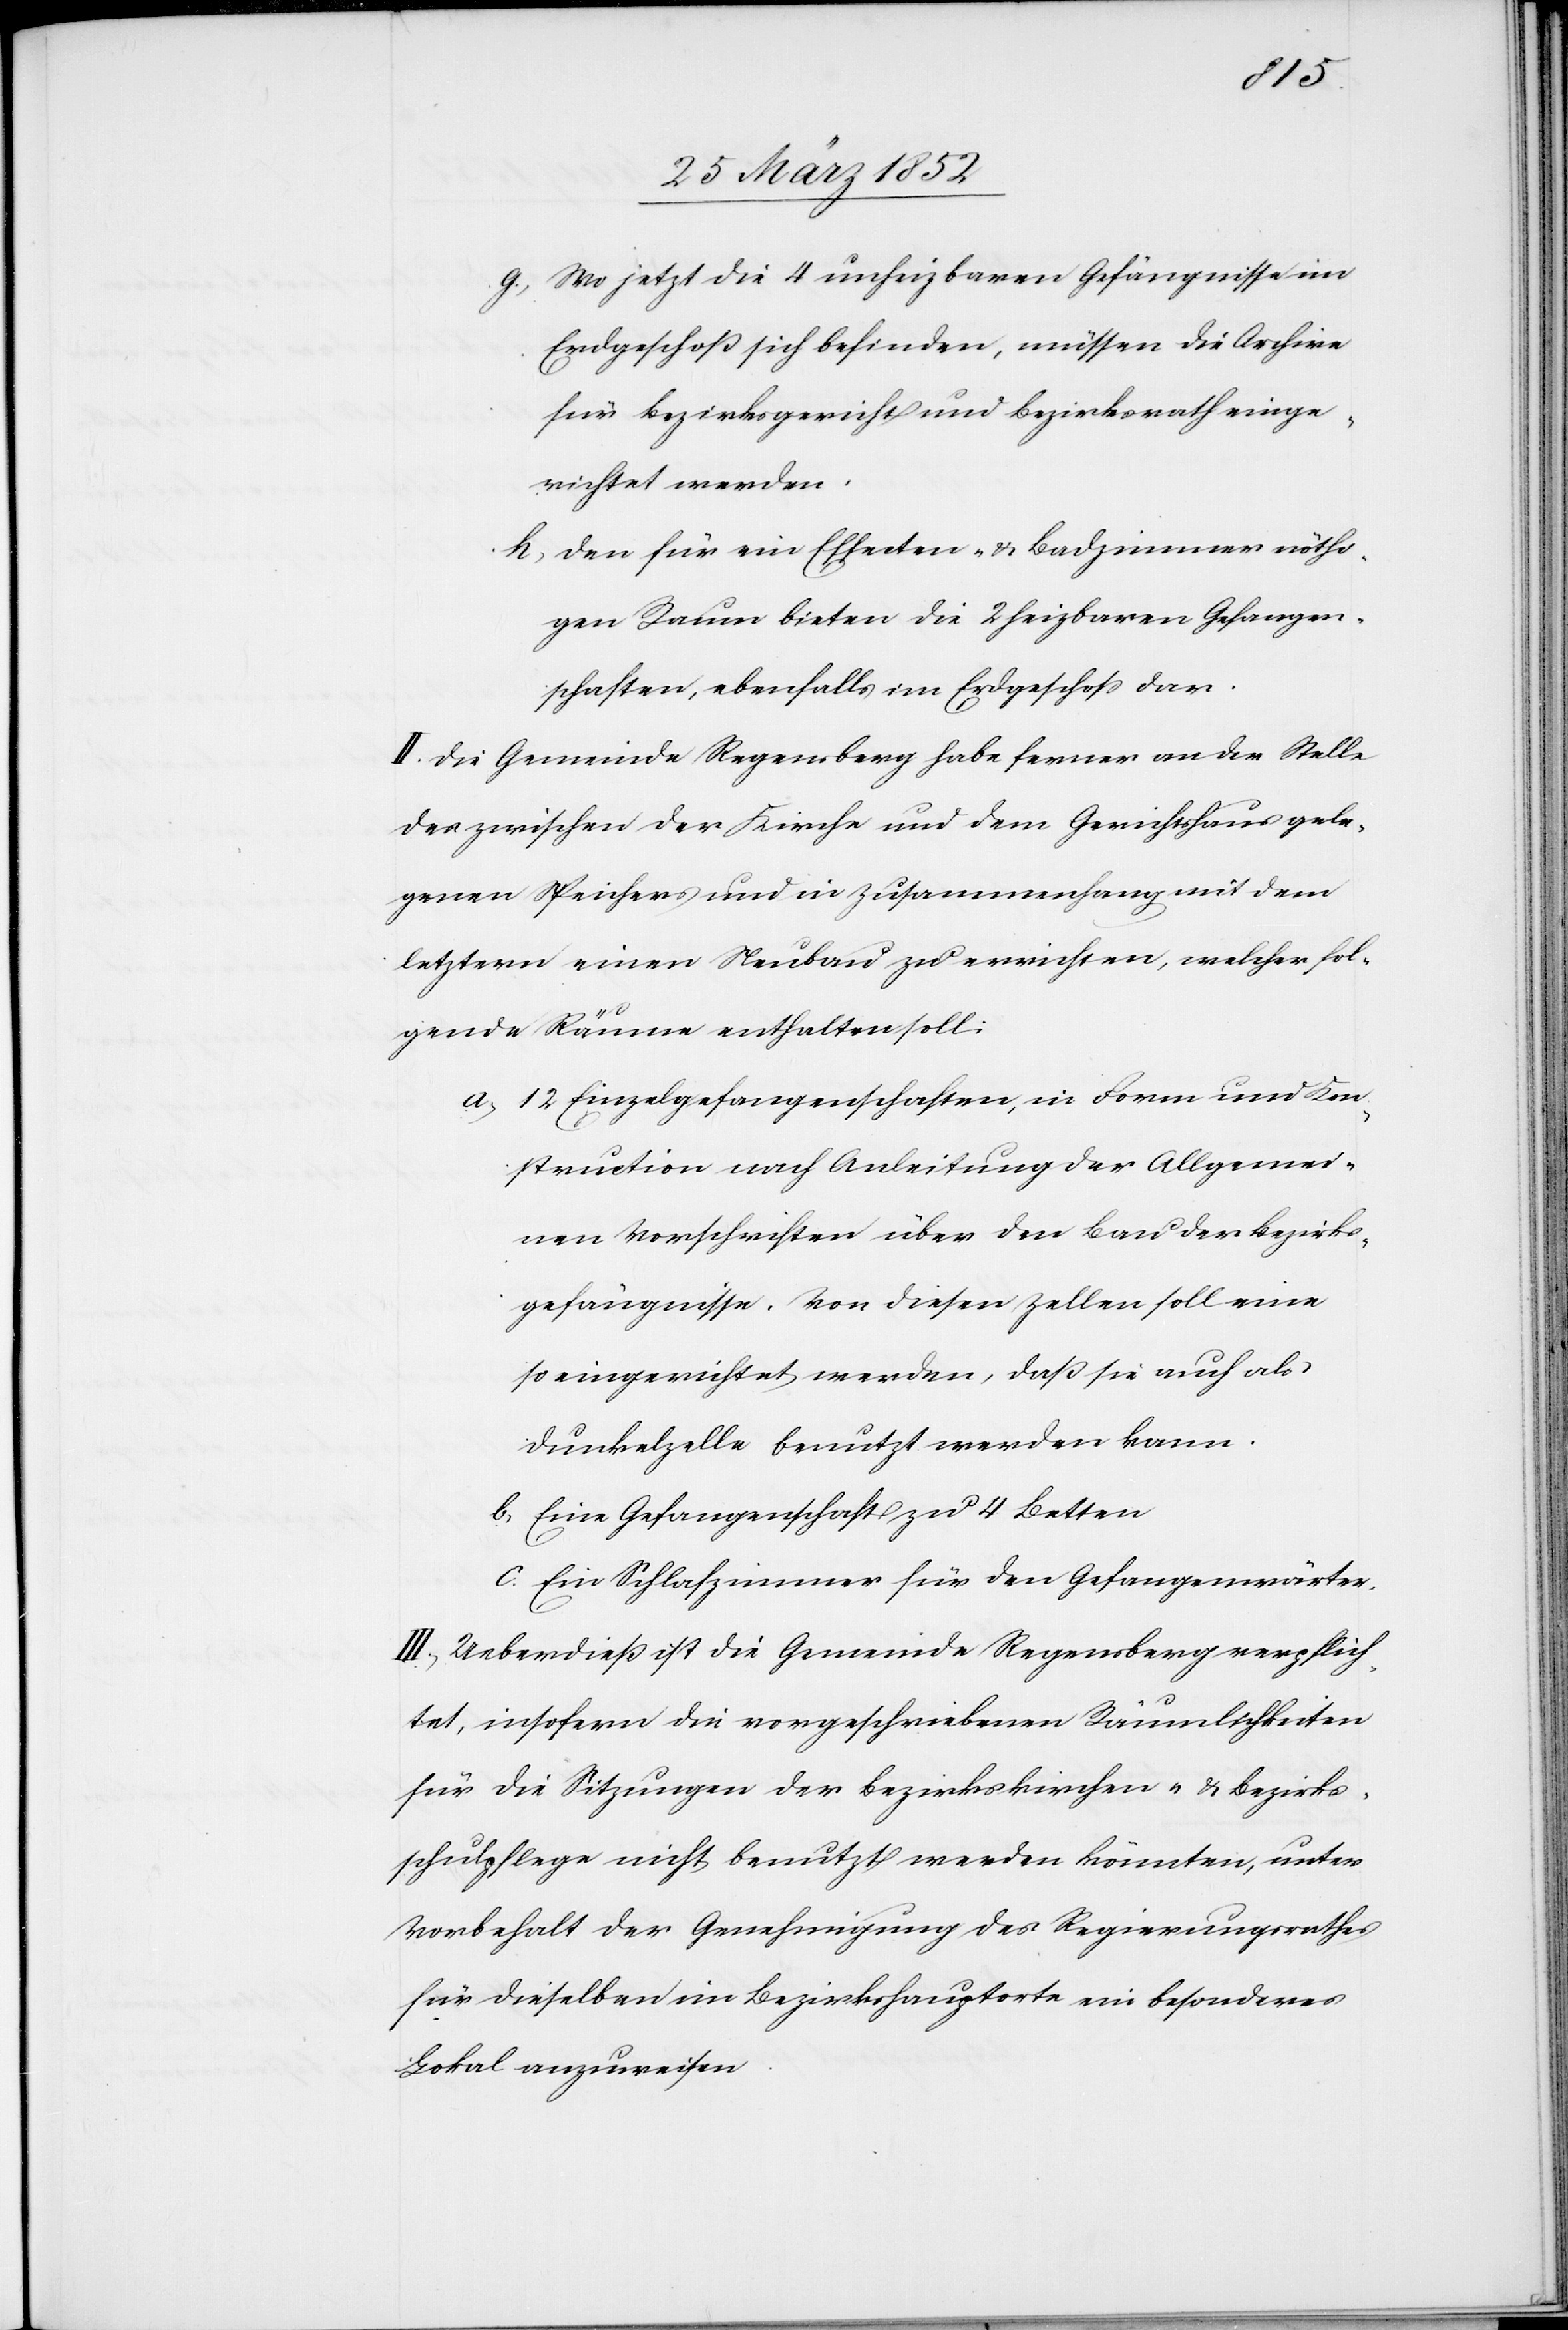
g) Wo jetzt die 4 unheizbaren Gefängnisse im
Erdgeschoß sich befinden, müssen die Archive
für Bezirksgericht und Bezirksrath einge¬
richtet werden.
h) Den für ein Effecten- u. Badzimmer nöthi¬
gen Raum bieten die 2 heizbaren Gefangen¬
schaften, ebenfalls im Erdgeschoß dar.
II. Die Gemeinde Regensberg habe ferner an der Stelle
des zwischen der Kirche und dem Gerichtshaus gele¬
genen Speichers und in Zusammenhang mit dem
letztern einen Neubau zu errichten, welcher fol¬
gende Räume enthalten soll:
a) 12 Einzelgefangenschaften, in Form und Kon¬
struction nach Anleitung der Allgemei¬
nen Vorschriften über den Bau der Bezirks¬
gefängnisse. Von diesen Zellen soll eine
so eingerichtet werden, daß sie auch als
Dunkelzelle benutzt werden kann.
b) Eine Gefangenschaft zu 4 Betten
c) Ein Schlafzimmer für den Gefangenwärter.
III. Ueberdieß ist die Gemeinde Regensberg verpflich¬
tet, insofern die vorgeschriebenen Räumlichkeiten
für die Sitzungen der Bezirkskirchen- u. Bezirks¬
schulpflege nicht benutzt werden könnten, unter
Vorbehalt der Genehmigung des Regierungsrathes
für dieselben im Bezirkshauptorte ein besonderes
Lokal anzuweisen.